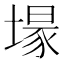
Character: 𮰬